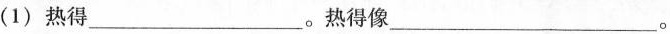
(1)热得___。热得像___。